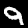
Digit: 9